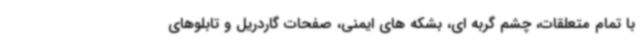
با تمام متعلقات، چشم گربه ای، بشکه های ایمنی، صفحات گاردریل و تابلوهای